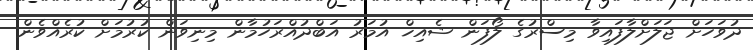
ދުވަހަށް ޖަލަށްލާފައިވާ މިސްރުގެ ލޯފަން ޝެއިޚް އުމަރު އަބްދުއްރަހުމާން މިނިވަން ކުރުމަށް ކުރެއްވެން